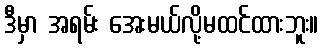
ဒီမှာ အရမ်း အေးမယ်လို့မထင်ထားဘူး။